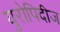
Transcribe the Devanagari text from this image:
युरोपिदीज